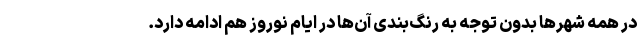
در همه شهرها بدون توجه به رنگ‌بندی آن‌ها در ایام نوروز هم ادامه دارد.